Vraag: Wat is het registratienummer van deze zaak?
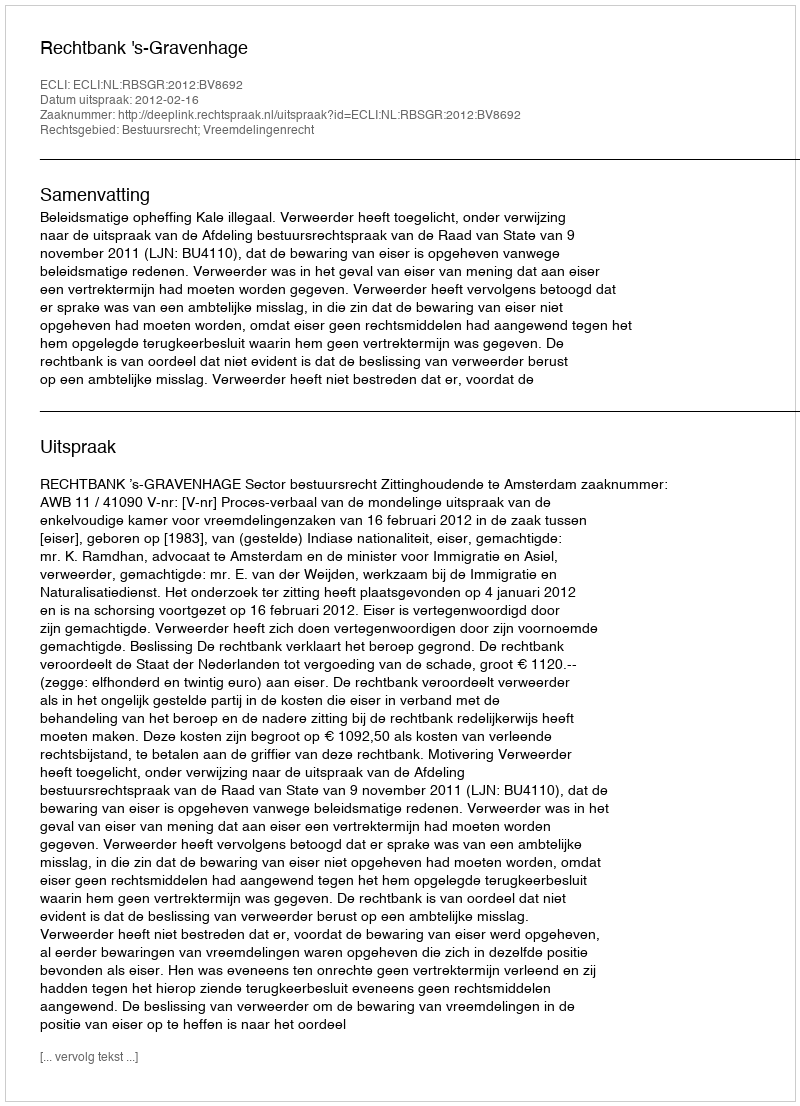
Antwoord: http://deeplink.rechtspraak.nl/uitspraak?id=ECLI:NL:RBSGR:2012:BV8692